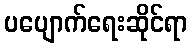
ပပျောက်ရေးဆိုင်ရာ